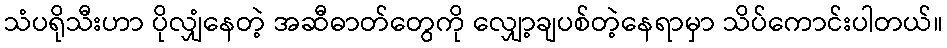
သံပရိုသီးဟာ ပိုလျှံနေတဲ့ အဆီဓာတ်တွေကို လျှော့ချပစ်တဲ့နေရာမှာ သိပ်ကောင်းပါတယ်။